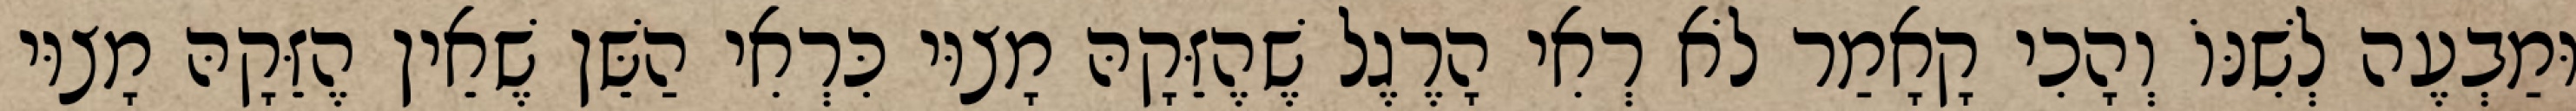
וּמַבְעֶה לְשִׁנּוֹ וְהָכִי קָאָמַר לֹא רְאִי הָרֶגֶל שֶׁהֶזֵּקָהּ מָצוּי כִּרְאִי הַשֵּׁן שֶׁאֵין הֶזֵּקָהּ מָצוּי